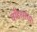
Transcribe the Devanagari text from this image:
वाँडरर्सच्या